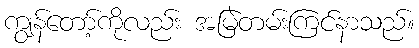
ကျွန်တော့်ကိုလည်း အမြဲတမ်းကြင်နာသည်။